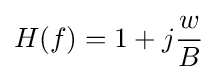
H(f)=1+j{\frac {w}{B}}